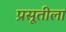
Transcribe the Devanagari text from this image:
प्रसूतीला